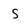
Character: s